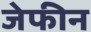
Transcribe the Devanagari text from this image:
जेफीन